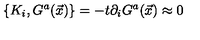
\{ K _ { i } , G ^ { a } ( \vec { x } ) \} = - t \partial _ { i } G ^ { a } ( \vec { x } ) \approx 0